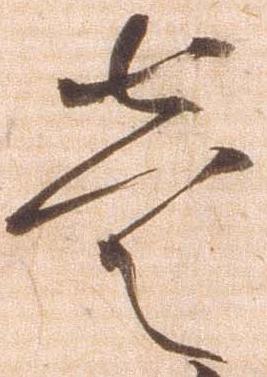
壱